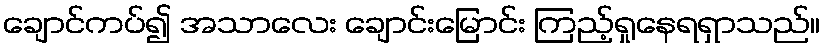
ချောင်ကပ်၍ အသာလေး ချောင်းမြောင်း ကြည့်ရှုနေရရှာသည်။